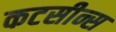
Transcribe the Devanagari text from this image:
कटसीन्स